Vaccination in Bombay 1902-1912 - 1902-1912
Year: 1902
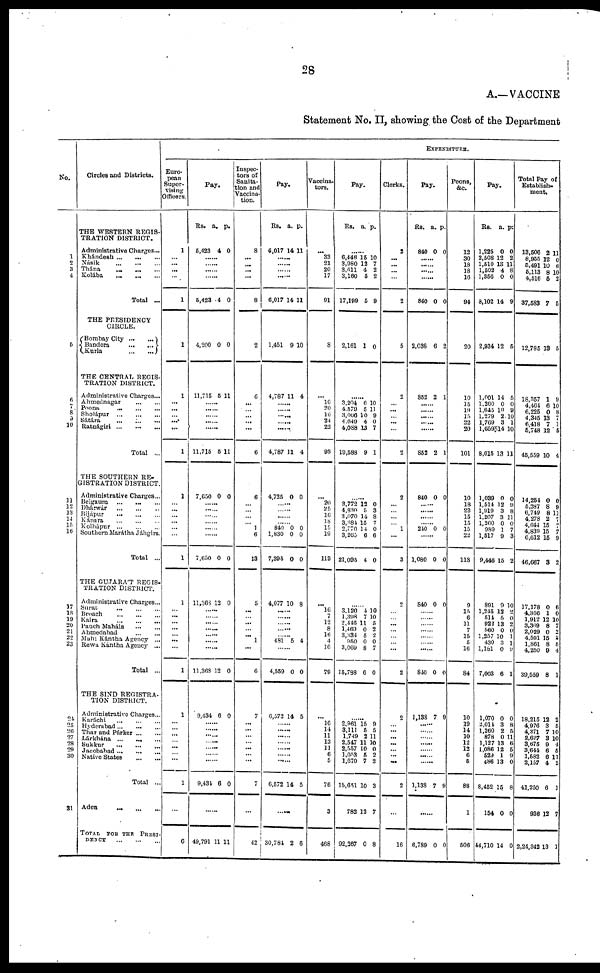
28
A.—VACCINE
Statement No. II, showing the Cost of the Department
No.
1
2
3
4
5
6
7
8
9
10
11
12
13
14
15
16
17
18
19
20
21 22
23
24
25 26
27
28
29
30
31
Circles and Districts.
THE WESTERN REGIS-
TRATION DISTRICT.
Administrative Charges—
Khándesh ... ... ...
Násik
...
...
...
Thána
...
...
...
Kolába
...
...
...
Total ...
THE PRESIDENCY
CIRCLE.
Bombay City
...
...
Bandora
...
...
Kurla
...
...
THE CENTRAL REGIS-
TRATION DISTRICT.
Administrative Charges...
Ahmednagar
...
...
Poona
...
...
...
Sholápur...
...
...
Sátára ... ... ...
Ratnágiri ... ... ...
Total ...
THE SOUTHERN RE-
GISTRATION DISTRICT.
Administrative Charges...
Belgaum ... ... ...
Dhárwár
...
...
...
Bijápur
...
...
...
Kánara
...
...
Kolhápur
...
...
...
Southern Marátha Jáhgirs.
Total ...
THE GUJARÁT REGIS-
TRATION DISTRICT.
Administrative Charges...
Surat
...
...
...
Broach
...
...
...
Kaira
...
...
...
Panch Maháls ... ...
Ahmedahad
...
...
Mahi Kántha Agency ...
Rewa Kántha Agency ...
Total ...
THE SIND REGISTRA-
TION DISTRICT.
Administrative Charges...
Karáchi ... ...
Hyderabad
...
...
...
Thar and Párker ... ...
Lárkhána
...
...
...
Sukkur ... ... ...
Jacobabad ... ... ...
Native States ... ...
Total ...
Aden
...
...
...
TOTAL FOR THE PRESI-
-----
...
...
...
EXPENDITURE.
Euro-
pean
Super-
vising
Officers.
1
... ...
...
...
1
1
1
...
...
...
...
...
1
1
...
...
...
...
...
...
1
1
...
...
...
...
... ...
...
1
1
...
...
...
...
...
...
...
1
...
6
Pay.
Rs.
5,423
a.
4
p.
0
......
......
......
......
5,423 4 0
4,200 0 0
11,715 5 11
......
......
......
......
......
11,715 5 11
7,650 0 0
......
......
......
......
......
......
7,650 0 0
11,363 12 0
......
......
......
......
......
......
......
11,368 12 0
9 134 6 0
......
......
......
......
......
......
......
9,431 6 0
......
49,791 11 11
Inspec-
tors of
Sanita-
tion and
Vaccina-
tion.
8
...
......
...
...
8
2
6
...
...
...
...
...
6
6
...
...
...
...
1
6
13
5
...
...
...
...
...
1
...
6
7
...
... ...
...
...
...
...
7
...
42
Pay.
Rs.
6,017
a.
14
p.
11
......
......
......
......
6,017 14 11
1,451 9 10
4,787 11 4
......
...... ......
......
......
4,787 11 4
4,725 0 0
......
......
......
......
840
1,830
7,395
0
0
0
0
0
0
4,077 10 8
......
......
......
......
......
481 5 4
......
4,559 0 0
6,572 14 5
......
......
......
......
......
......
......
6,572 14 5
......
30,784 2 6
Vaccina-
tors.
...
33
21
20
17
91
8
...
16
20
16
24
22
98
...
20
25
16
18
15
19
113
...
16
7
12
8
...
4
16
79
...
16
14 11
13
11
6 5
76
3
468
Pay.
Rs. a. p.
......
6,446
3,980
3,611
3,160
17,199
15
12
4
5
5
10
7
2
2
9
2,161 1 0
......
3,204
4,570
3,066
4,649
4,088
19,583
6
5
10
4
13
9
10
11
9
0
7
1
......
3,772
4,830
3,070
3,381
2,770
3,265
21,095
12
5
14
15
14
6
4
0
3
8
7
0
6
0
......
3,120
1,398
2,446
1,469
3,334 950
3,069
15,788
4
7 11
0
5 0
8
6
10
10
5 2
2 0
7
0
......
2,961
3,111
1,749
2,547
2,557
1,053
1,670
15,651
782
92,267
15
5
2
11
10
5
7
10
12
0
9
5
11
10 0
2
2
3
7
8
Clerks.
2
...
...
...
...
2
5
2
...
...
...
...
...
2
2
...
...
... ...
1
...
3
2
...
...
...
...
...
...
...
2
2
...
...
...
...
...
...
...
2
...
16
Pay.
Rs.
840
a.
0
p.
0
......
......
......
......
840 0 0
2,038 6 2
852 2 1
......
......
......
......
......
852 2 1
840 0 0
......
......
......
......
210 0 0
......
1,080 0 0
840 0 0
......
......
......
......
......
...
......
840 0 0
1,138 7 9
......
......
......
......
......
......
1,138 7 9
......
6,789 0 0
Peons,
&c.
12
30 18
18
16
94
20
10
15
19 15
22
20
101
10
18
23
15
15
15
22
118
9
15
6
11
7
15 5
16
84
10
19
14
10
12
12 12
5
88
1
506
Pay.
Rs.
1,225
2,508
1,510
1,502
1,356
8,102
a.
0
12
13
4
0
14
p.
0
2
11
8
0
9
2,934 12 5
1,001
1,260
1,645
1,279
1,769
1,659
8,615
14
0
10
2
3
14
13
5
0
9 10
1
10
11
1,039
1,514
1,919
1,207
1,260
989
1,517
9,446
0
12
3
3
0
1
9
15
0
9
8
11
0
7
3
2
891
1,245
514
922
560
1,357 430
1,181
7,003
9
12
5
13
0
10 3
0
6
10
2
0
2
0
1 1
9
1
1,070
3,011
1,260
878
1,127
1,086 520
486
8,452
154
44,710
0
3
2
0
13
12
1
13
15
0
14
0
8
5
11
6
5
9
0
8
0
0
Total Pay of
Establish-
ment.
13,506
8,955 5,491
5,113
4,516
37,583
2
12 10
8
5
7
11
0 6
10
2
5
12,785 13 5
18,357
4,464
6,225
4,345
6,418
5,748
45,559
1
6
0 13
7
12
10
9
10
8
7
1
5
4
14,254
5,287
6,749
4,278
4,644
4,839
6,612
46,667
0
8
8 2
15
15
15
3
0
9
11
7 7
7
9
2
17,178
4,366
1,912
3,369
2,029
4,591 1,861
4,250
39,559
0
1
12
8
0
15
8
9
8
6
0
10 7
2
2 5
4
1
18215
4,976
4,371
2,627
3,675
3,641
1,582
2,157
41,250
936
2,24,342
12
3
7
3
9
6
6
4
6
12
13
2
5
10
10
4
5
11
2
1
7
1